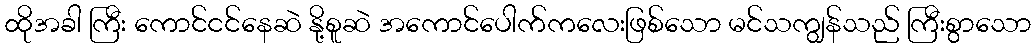
ထိုအခါ ကြီး ကောင်ငင်နေဆဲ နို့စူဆဲ အကောင်ပေါက်ကလေးဖြစ်သော မင်သကျွန်သည် ကြီးစွာသော